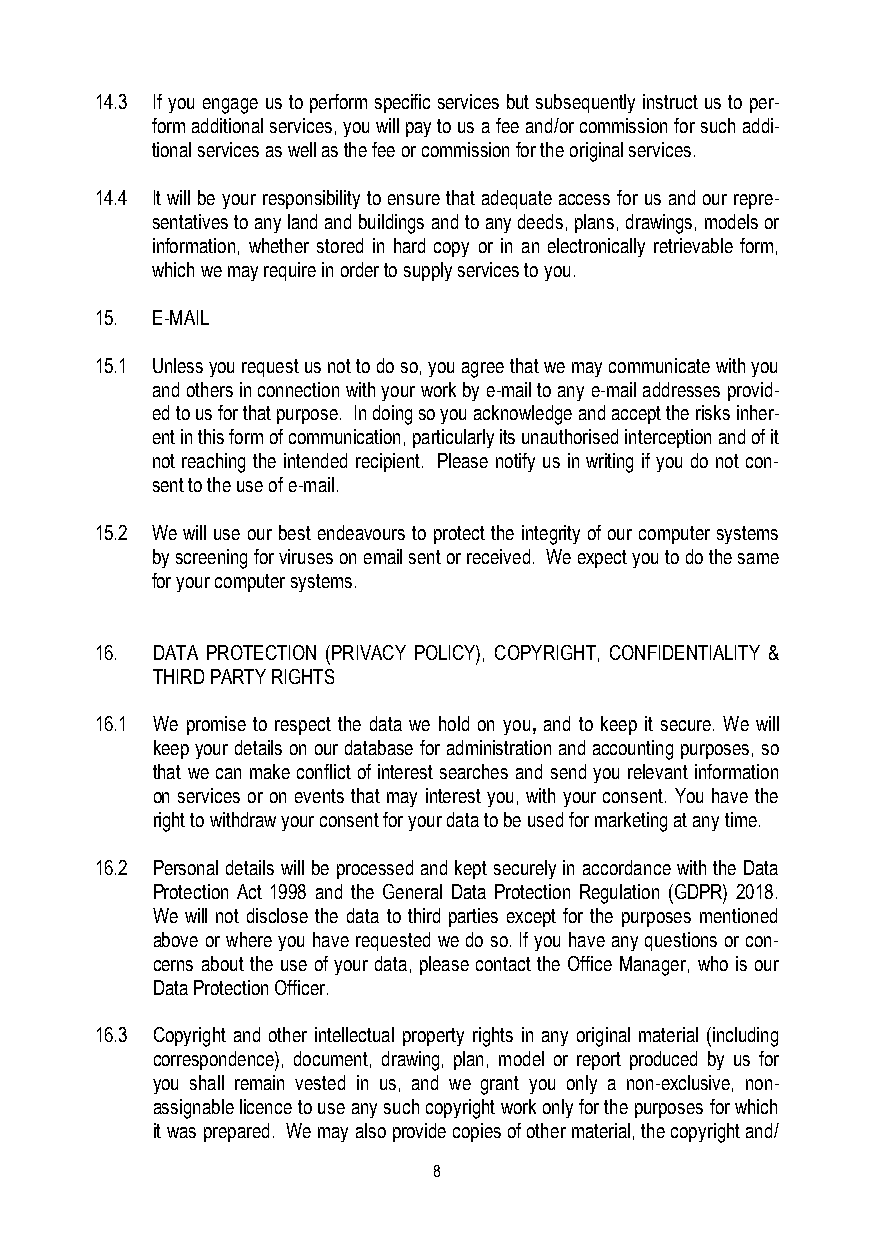
14.3 If you engage us to perform specific services but subsequently instruct us to per-
 form additional services, you will pay to us a fee and/or commission for such addi-
 tional services as well as the fee or commission for the original services.
 14.4 It will be your responsibility to ensure that adequate access for us and our repre-
 sentatives to any land and buildings and to any deeds, plans, drawings, models or
 information, whether stored in hard copy or in an electronically retrievable form,
 which we may require in order to supply services to you.
 15. E-MAIL
 15.1 Unless you request us not to do so, you agree that we may communicate with you
 and others in connection with your work by e-mail to any e-mail addresses provid-
 ed to us for that purpose. In doing so you acknowledge and accept the risks inher-
 ent in this form of communication, particularly its unauthorised interception and of it
 not reaching the intended recipient. Please notify us in writing if you do not con-
 sent to the use of e-mail.
 15.2 We will use our best endeavours to protect the integrity of our computer systems
 by screening for viruses on email sent or received. We expect you to do the same
 for your computer systems.
 16. DATA PROTECTION (PRIVACY POLICY), COPYRIGHT, CONFIDENTIALITY &
 THIRD PARTY RIGHTS
 16.1 We promise to respect the data we hold on you, and to keep it secure. We will
 keep your details on our database for administration and accounting purposes, so
 that we can make conflict of interest searches and send you relevant information
 on services or on events that may interest you, with your consent. You have the
 right to withdraw your consent for your data to be used for marketing at any time.
 16.2 Personal details will be processed and kept securely in accordance with the Data
 Protection Act 1998 and the General Data Protection Regulation (GDPR) 2018.
 We will not disclose the data to third parties except for the purposes mentioned
 above or where you have requested we do so. If you have any questions or con-
 cerns about the use of your data, please contact the Office Manager, who is our
 Data Protection Officer.
 16.3 Copyright and other intellectual property rights in any original material (including
 correspondence), document, drawing, plan, model or report produced by us for
 you shall remain vested in us, and we grant you only a non-exclusive, non-
 assignable licence to use any such copyright work only for the purposes for which
 it was prepared. We may also provide copies of other material, the copyright and/
 8